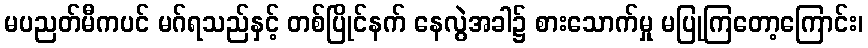
မပညတ်မီကပင် မဂ်ရသည်နှင့် တစ်ပြိုင်နက် နေလွဲအခါ၌ စားသောက်မှု မပြုကြတော့ကြောင်း၊